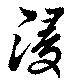
浸